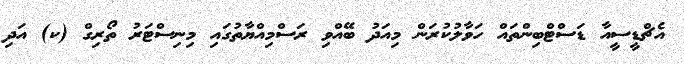
އެޗްޑީސީއާ ޑަސްޓްބިންތައް ހަވާލުކުރަން މިއަދު ބޭއްވި ރަސްމިއްޔާތުގައި މިނިސްޓަރު ތޯރިގް (ކ) އަދި